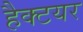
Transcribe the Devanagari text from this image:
हैक्टयर